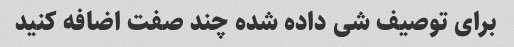
برای توصیف شی داده شده چند صفت اضافه کنید